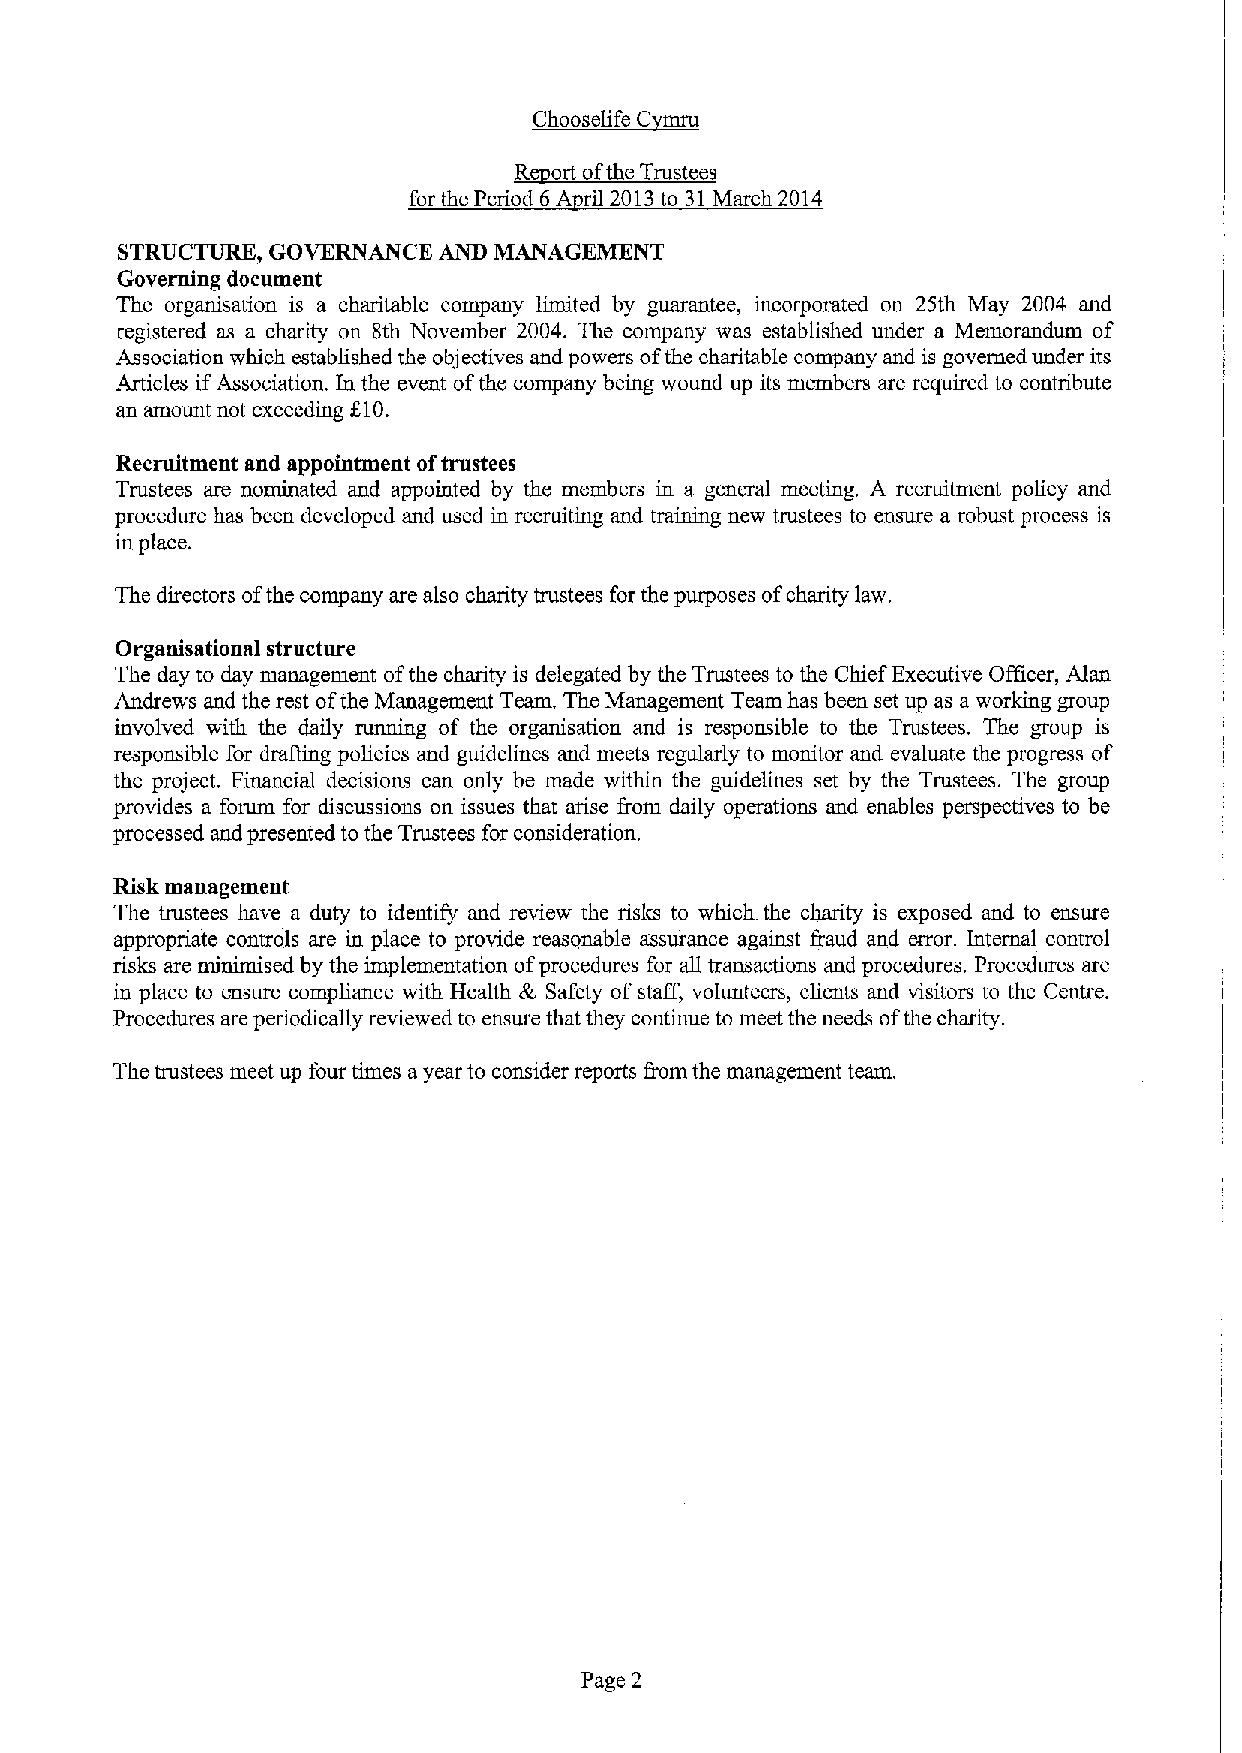
~Ch  lis C
 R ort ofthe Trustees
 for the Period 6A ril 2013to 31March 2014
 STRUCTURE, GOVERNANCE AND MANAGEMENT
 Governing document
 The organisation is a charitable company limited by guarantee, incorporated on 25th May 2004 and
 registered as a charity on 8th November 2004. The company was established under a Memorandum of
 Association which established the objectives and powers ofthe charitable company and is governed under its
 Articles ifAssociation. In the event ofthe company being wound up its members are required to contribute
 an amount not exceeding 210.
 Recruitment and appointment oftrustees
 Trustees are nominated and appointed by the members in a general meeting. A recruitment policy and
 procedure has been developed and used in recruiting and training new trustees to ensure a robust process is
 in place.
 The directors ofthe company are also charity trustees for the purposes ofcharity law.
 Organisational structure
 The day to day management ofthe charity is delegated by the Trustees to the Chief Executive Officer, Alan
 Andrews and the rest ofthe Management Team. The Management Team has been set up as a working group
 involved with the daily running of the organisation and is responsible to the Trustees. The group is
 responsible for drafting policies and guidelines and meets regularly to monitor and evaluate the progress of
 the project. Financial decisions can only be made within the guidelines set by the Trustees. The group
 provides a forum for discussions on issues that arise from daily operations and enables perspectives to be
 processed and presented to the Trustees for consideration.
 Risk management
 The trustees have a duty to identify and review the risks to which the charity is exposed and to ensure
 appropriate controls are in place to provide reasonable assurance against fraud and error. Internal control
 risks are minimised by the implementation ofprocedures for all transactions and procedures. Procedures are
 in place to ensure compliance with Health & Safety of staff, volunteers, clients and visitors to the Centre.
 Procedures are periodically reviewed to ensure that they continue to meet the needs ofthe charity.
 The trustees meet up four times ayear to consider reports fiom the management team.
 Page 2